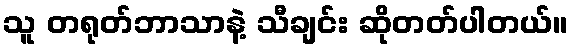
သူ တရုတ်ဘာသာနဲ့ သီချင်း ဆိုတတ်ပါတယ်။